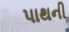
પાથની